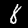
Digit: 8